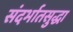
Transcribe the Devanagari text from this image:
संदर्भातसुद्धा